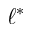
\ell ^ { * }